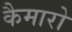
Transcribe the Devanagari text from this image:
कैमारो